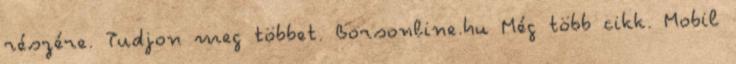
részére. Tudjon meg többet. Borsonline.hu Még több cikk. Mobil